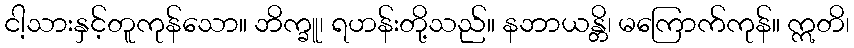
ငါ့သားနှင့်တူကုန်သော။ ဘိက္ခူ၊ ရဟန်းတို့သည်။ နဘာယန္တိ၊ မကြောက်ကုန်။ ဣတိ၊